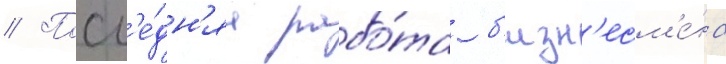
// Посл'е́дн'яа рабо́та б'изн'есм'е́на